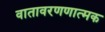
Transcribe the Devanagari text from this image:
वातावरणणात्मक